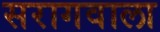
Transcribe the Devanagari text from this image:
सरागवाला